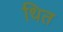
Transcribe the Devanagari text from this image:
थित